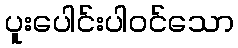
ပူးပေါင်းပါဝင်သော